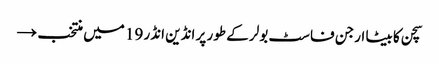
سچن کا بیٹا ارجن فاسٹ بولر کے طور پر انڈین انڈر 19 میں منتخب →